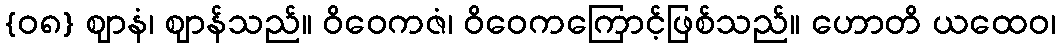
{၀၈} ဈာနံ၊ ဈာန်သည်။ ဝိဝေကဇံ၊ ဝိဝေကကြောင့်ဖြစ်သည်။ ဟောတိ ယထေဝ၊